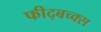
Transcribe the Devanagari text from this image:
फीद्बच्क्स